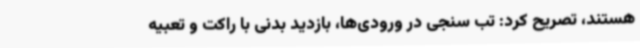
هستند، تصریح کرد: تب سنجی در ورودی‌ها، بازدید بدنی با راکت و تعبیه